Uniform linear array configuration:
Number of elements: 32
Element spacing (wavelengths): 1
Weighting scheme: hamming
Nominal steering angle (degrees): -45
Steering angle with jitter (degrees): -44.501
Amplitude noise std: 0.05
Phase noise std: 0.05

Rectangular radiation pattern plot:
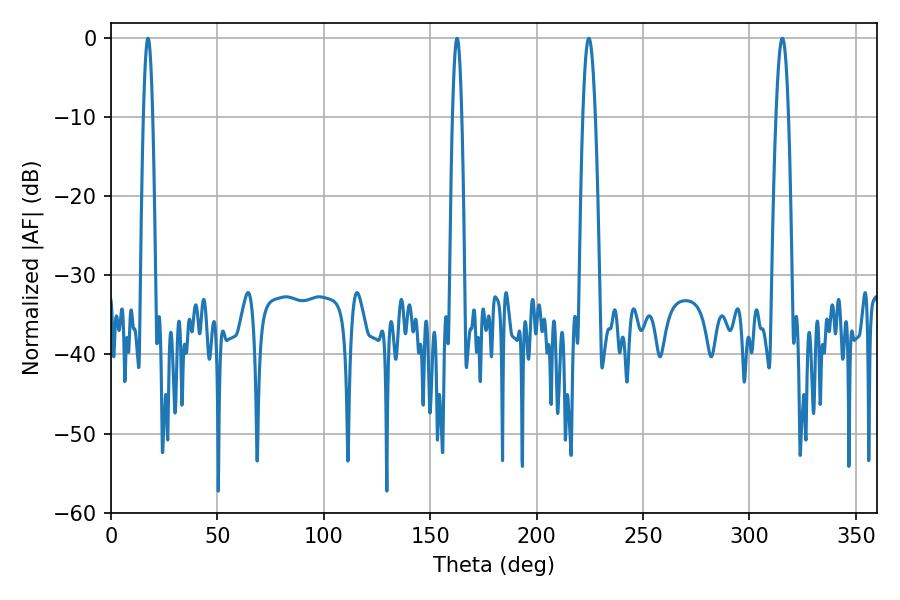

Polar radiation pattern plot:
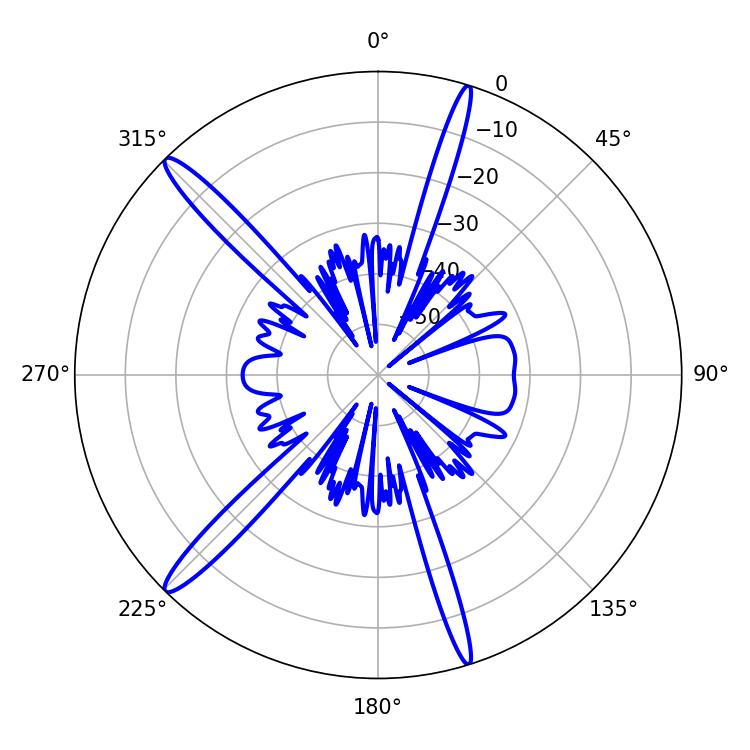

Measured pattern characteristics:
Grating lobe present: TRUE
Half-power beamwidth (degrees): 3.06
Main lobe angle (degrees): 224.46